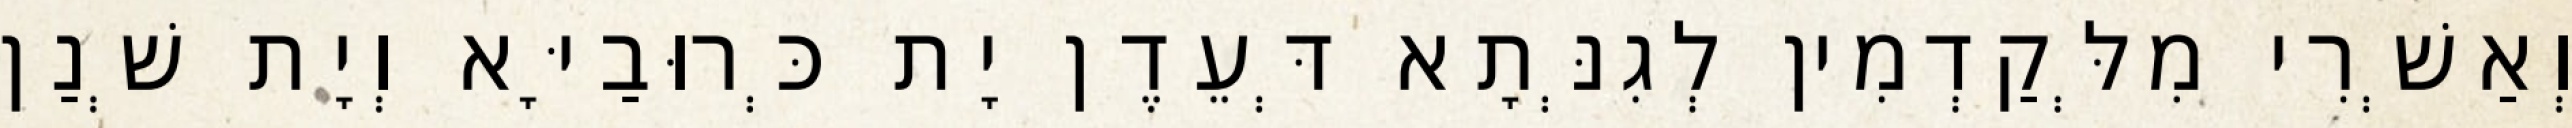
וְאַשְׁרִי מִלְּקַדְמִין לְגִנְּתָא דְּעֵדֶן יָת כְּרוּבַיָּא וְיָת שְׁנַן